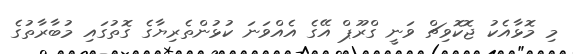
މި މޮޅާއެކު ޖޮކޮވިޗް ވަނީ ގްރޫޕް އޭގެ އެއްވަނަ ކުޅުންތެރިޔާގެ ގޮތުގައި މުބާރާތުގެ